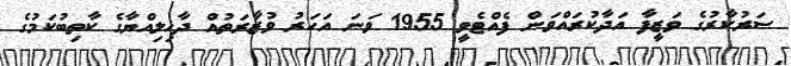
ސަރުކާރުގެ ވަޒީފާ އަދާކުރައްވަން ފެއްޓެވީ 1955 ވަނަ އަހަރު ވުޒާރަތުއް ދާޚިލިއްޔާގެ ކާތިބުކަމުގެ